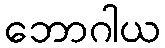
ဘောဂါယ